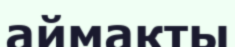
аймакты